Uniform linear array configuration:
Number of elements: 64
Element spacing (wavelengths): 0.75
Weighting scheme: cosine
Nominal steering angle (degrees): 60
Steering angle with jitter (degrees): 59.133
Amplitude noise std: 0.05
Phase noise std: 0.05

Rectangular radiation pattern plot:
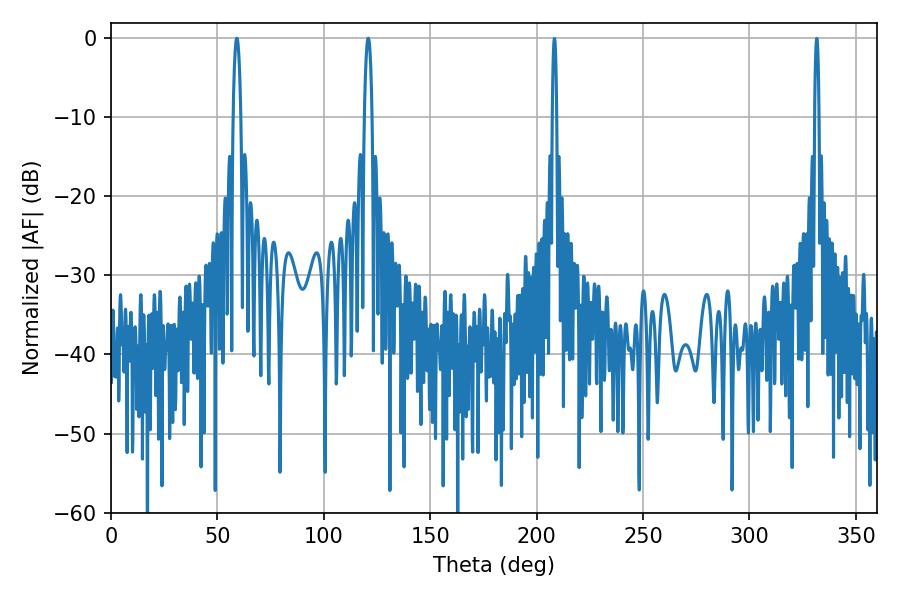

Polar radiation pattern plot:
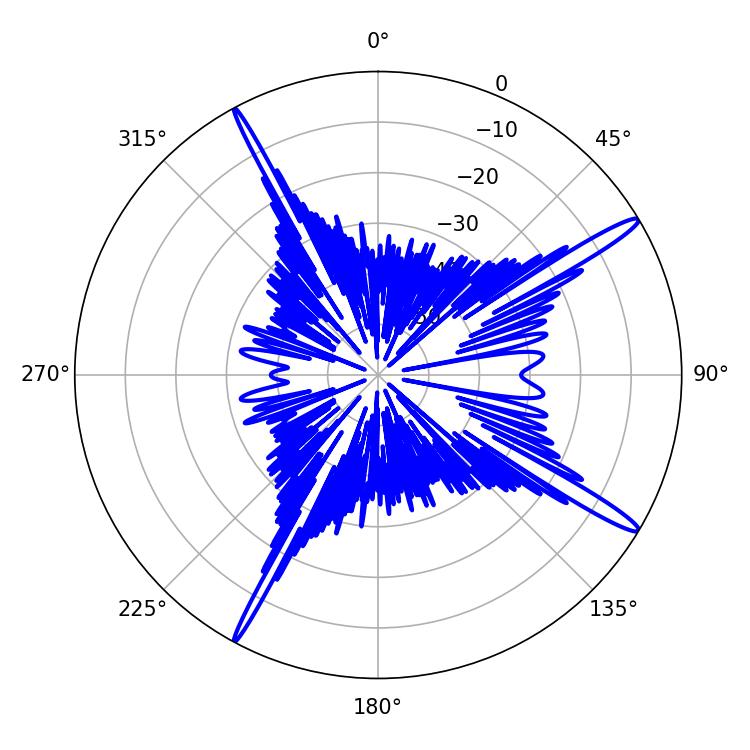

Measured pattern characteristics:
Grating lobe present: TRUE
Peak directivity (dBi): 16.211
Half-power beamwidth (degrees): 1.98
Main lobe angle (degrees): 59.04